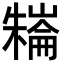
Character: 𣜱